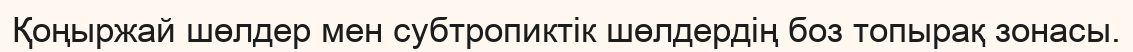
Қоңыржай шөлдер мен субтропиктік шөлдердің боз топырақ зонасы.